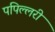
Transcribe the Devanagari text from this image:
पपिल्लरी